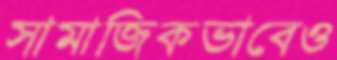
সামাজিকভাবেও